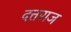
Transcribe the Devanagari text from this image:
दत्तराज